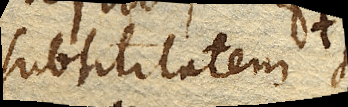
subtilitatem si